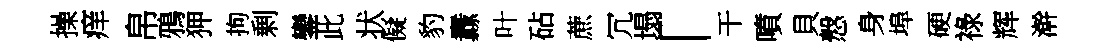
操痒帛鴉狎拘剰鑾此状儗豹纛叶砧蔗冗塌「干噴貝慤身埠硬祿辉澣